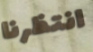
انتظرنا